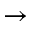
\rightarrow